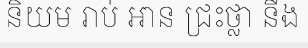
និយម រាប់ ឣាន ជ្រះថ្លា នឹង